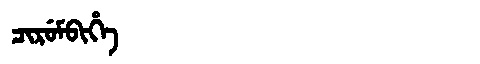
Manchu: ᠴᡳᡵᡠᠮᠪᡳᡥᡝ
Romanization: CIRUMBIHE